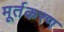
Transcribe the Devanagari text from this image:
मूर्तकरण